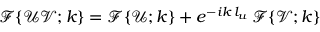
\mathcal { F } \{ \mathcal { U V } ; k \} = \mathcal { F } \{ \mathcal { U } ; k \} + e ^ { - i k \, l _ { u } } \, \mathcal { F } \{ \mathcal { V } ; k \}